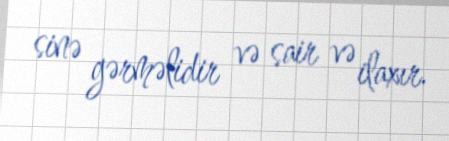
sinə gərməlidir və sair və ilaxır.